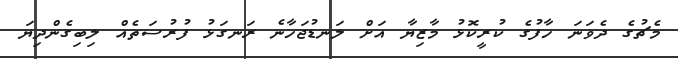
މެޗުގެ ދެވަނަ ހާފުގެ ކުރީކޮޅު މާޒިޔާ އަށް ލަނޑުޖަހާނެ ރަނގަޅު ފުރުސަތެއް ލިބިގެންދިޔަ